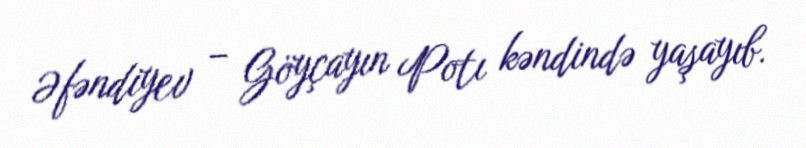
Əfəndiyev – Göyçayın Potı kəndində yaşayıb.